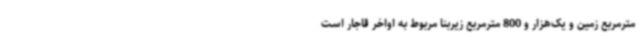
مترمربع زمین و یک‌هزار و 800 مترمربع زیربنا مربوط به اواخر قاجار است